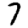
Digit: 7